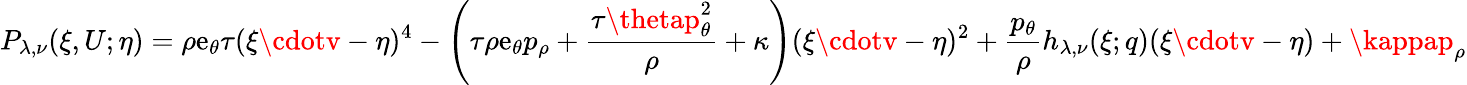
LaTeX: P_{\lambda,\nu}(\xi,U;\eta)=\rho\mathrm{e}_{\theta}\tau(\xi\cdotv-\eta)^{4}-\left(\tau\rho\mathrm{e}_{\theta}p_{\rho}+\frac{{\tau\thetap_{\theta}^{2}}}{{\rho}}+\kappa\right)(\xi\cdotv-\eta)^{2}+\frac{{p_{\theta}}}{{\rho}}h_{\lambda,\nu}(\xi;q)(\xi\cdotv-\eta)+\kappap_{\rho}